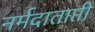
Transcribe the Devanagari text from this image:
नर्मदाताप्ती